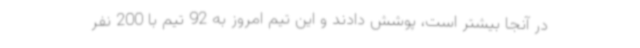
در آنجا بیشتر است، پوشش دادند و این تیم امروز به 92 تیم با 200 نفر